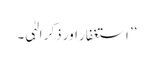
’’استغفار اور ذکرِ الہٰی۔